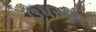
ઉપરણા